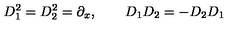
D _ { 1 } ^ { 2 } = D _ { 2 } ^ { 2 } = \partial _ { x } , \qquad D _ { 1 } D _ { 2 } = - D _ { 2 } D _ { 1 }